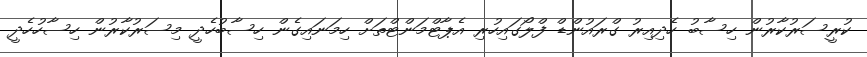
ކުރީސަރުކާރުން ހިސާބު ހެދިއިރު ގްރައުންޑް ފްލޯގައިހުރި އެޕާޓްމަންޓްތަށް ހިމަނައިގެން ހިސާބުހެދީ މިސަރުކާރުން ހިސާހުހެދީ